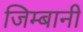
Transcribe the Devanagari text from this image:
जिम्बानी